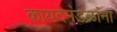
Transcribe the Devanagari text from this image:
कायदेमंडळांना